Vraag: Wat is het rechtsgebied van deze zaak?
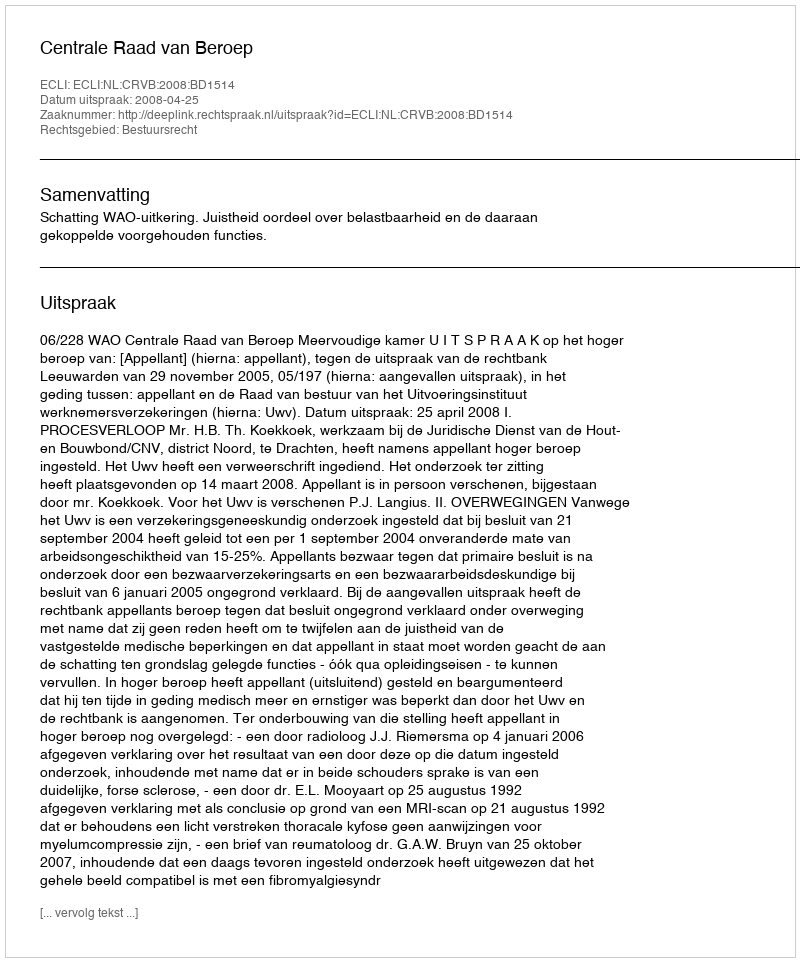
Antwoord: Bestuursrecht